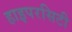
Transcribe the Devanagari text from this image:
हाइपरसिटी